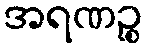
အရဏဉ္စ